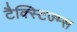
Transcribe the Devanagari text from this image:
टैक्स्टिज्म्स